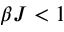
\beta J < 1